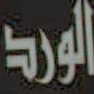
الورد